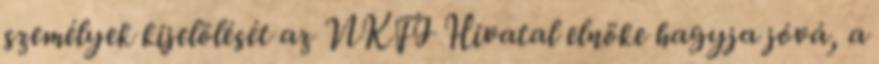
személyek kijelölését az NKFI Hivatal elnöke hagyja jóvá, a